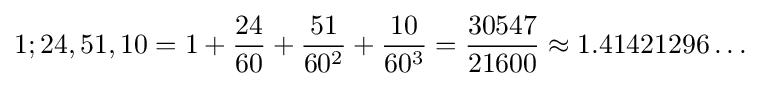
1;24,51,10=1+{\frac {24}{60}}+{\frac {51}{60^{2}}}+{\frac {10}{60^{3}}}={\frac {30547}{21600}}\approx 1.41421296\ldots